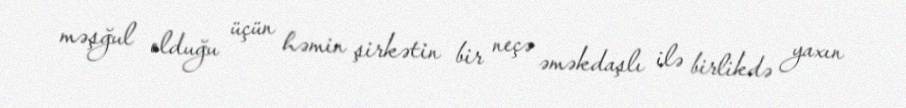
məşğul olduğu üçün həmin şirkətin bir neçə əməkdaşlı ilə birlikdə yaxın